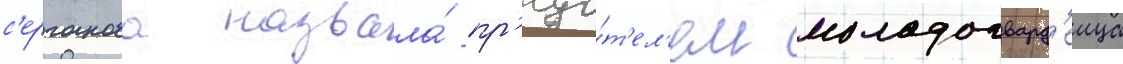
с'ерганова назвала́ пр'еда́т'ел'ем молодогвард'еица